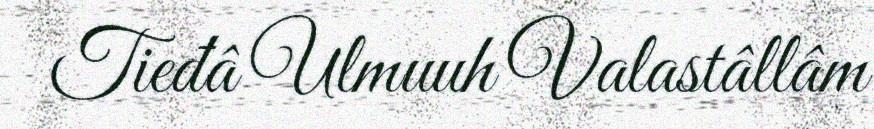
Tieđâ Ulmuuh Valastâllâm